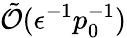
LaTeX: \tilde{\mathcal{O}}(\epsilon^{-1}p_{0}^{-1})